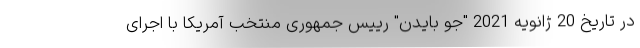
در تاریخ 20 ژانویه 2021 "جو بایدن" رییس جمهوری منتخب آمریکا با اجرای